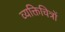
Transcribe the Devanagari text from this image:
व्यक्तिचित्रों